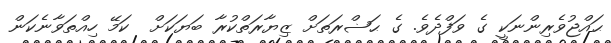
ޙައްޖުވެރިންނަކީ ގެ ވަފްދެވެ. ގެ ޙަޟްރަތަށް ޒިޔާރަތްކުރާ ބަޔަކަށް  ކަމޭ ހިއްތަވާނެކަން